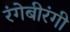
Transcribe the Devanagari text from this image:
रंगेबीरंगी